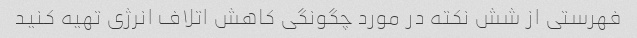
فهرستی از شش نکته در مورد چگونگی کاهش اتلاف انرژی تهیه کنید